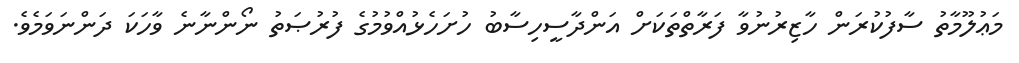
މަޢުލޫމާތު ސާފުކުރަން ހާޒިރުނުވާ ފަރާތްތަކަށް އަންދާސީހިސާބު ހުށަހެޅުއްވުމުގެ ފުރުޞަތު ނޯންނާނެ ވާހަކަ ދަންނަވަމެވެ.